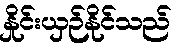
နှိုင်းယှဉ်နိုင်သည်